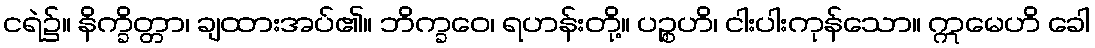
ငရဲ၌။ နိက္ခိတ္တာ၊ ချထားအပ်၏။ ဘိက္ခဝေ၊ ရဟန်းတို့။ ပဉ္စဟိ၊ ငါးပါးကုန်သော။ ဣမေဟိ ခေါ